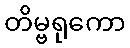
တိမ္ဗရုကော